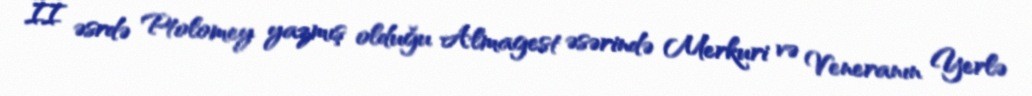
II əsrdə Ptolomey yazmış olduğu Almagest əsərində Merkuri və Veneranın Yerlə